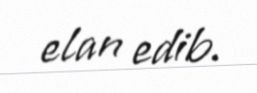
elan edib.